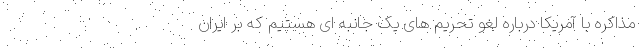
مذاکره با آمریکا درباره لغو تحریم های یک جانبه ای هستیم که بر ایران